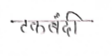
मजकूर: टकबंदी